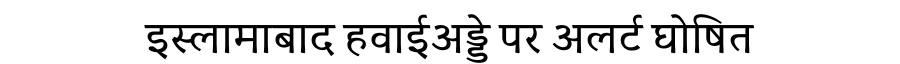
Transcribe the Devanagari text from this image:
इस्लामाबाद हवाईअड्डे पर अलर्ट घोषित